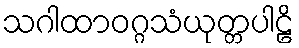
သဂါထာဝဂ္ဂသံယုတ္တပါဠိ